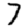
Digit: 7